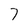
Character: 7